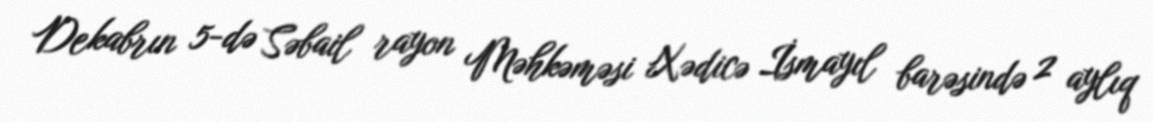
Dekabrın 5-də Səbail rayon Məhkəməsi Xədicə İsmayıl barəsində 2 aylıq